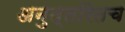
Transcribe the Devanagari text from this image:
अनुत्तरितच